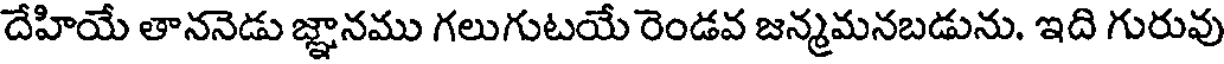
దేహియే తాననెడు జ్ఞానము గలుగుటయే రెండవ జన్మమనబడును. ఇది గురువు